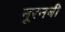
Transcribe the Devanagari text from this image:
नूरनबी